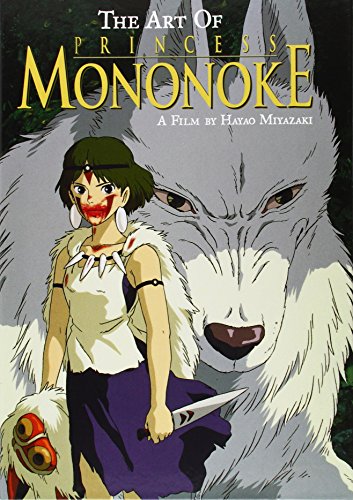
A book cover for The Art of Princess Mononoke; Humor & Entertainment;